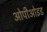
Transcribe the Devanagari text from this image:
ओपीओइड